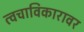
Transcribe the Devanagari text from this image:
त्वचाविकारावर